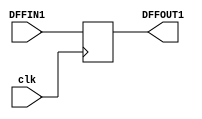
`timescale 1ns / 1ps
//////////////////////////////////////////////////////////////////////////////////
// Company: 
// Engineer: 
// 
// Design Name: 
// Module Name: DFF1
// Project Name: 
// Target Devices: 
// Tool Versions: 
// Description: 
// 
// Dependencies: 
// 
// Revision:
// Revision 0.01 - File Created
// Additional Comments:
// 
//////////////////////////////////////////////////////////////////////////////////


module DFF1(DFFIN1, DFFOUT1, clk);
    input DFFIN1, clk;
    output reg DFFOUT1;

    always @(posedge clk) begin
        DFFOUT1 = DFFIN1;
    end
endmodule